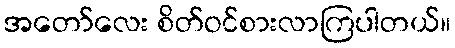
အတော်လေး စိတ်ဝင်စားလာကြပါတယ်။